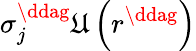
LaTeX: \sigma_{j}^{\ddag}\mathfrak{U}\left(r^{\ddag}\right)